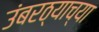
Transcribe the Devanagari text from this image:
उंबरठ्याच्या